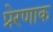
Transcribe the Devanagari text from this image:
प्रेरणाक